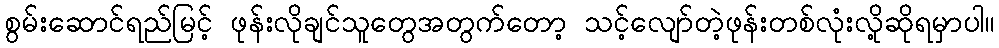
စွမ်းဆောင်ရည်မြင့် ဖုန်းလိုချင်သူတွေအတွက်တော့ သင့်လျော်တဲ့ဖုန်းတစ်လုံးလို့ဆိုရမှာပါ။